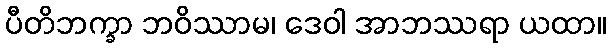
ပီတိဘက္ခာ ဘဝိဿာမ၊ ဒေဝါ အာဘဿရာ ယထာ။